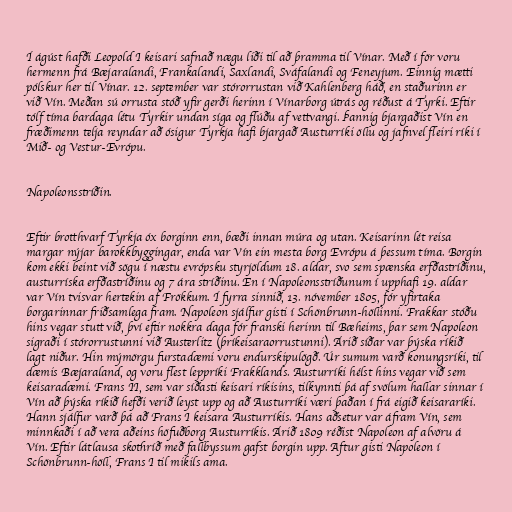
Í ágúst hafði Leopold I keisari safnað nægu liði til að þramma til Vínar. Með í för voru
hermenn frá Bæjaralandi, Frankalandi, Saxlandi, Sváfalandi og Feneyjum. Einnig mætti
pólskur her til Vínar. 12. september var stórorrustan við Kahlenberg háð, en staðurinn er
við Vín. Meðan sú orrusta stóð yfir gerði herinn í Vínarborg útrás og réðust á Tyrki. Eftir
tólf tíma bardaga létu Tyrkir undan síga og flúðu af vettvangi. Þannig bjargaðist Vín en
fræðimenn telja reyndar að ósigur Tyrkja hafi bjargað Austurríki öllu og jafnvel fleiri ríki í
Mið- og Vestur-Evrópu.

Napoleonsstríðin.

Eftir brotthvarf Tyrkja óx borginn enn, bæði innan múra og utan. Keisarinn lét reisa
margar nýjar barokkbyggingar, enda var Vín ein mesta borg Evrópu á þessum tíma. Borgin
kom ekki beint við sögu í næstu evrópsku styrjöldum 18. aldar, svo sem spænska erfðastríðinu,
austurríska erfðastríðinu og 7 ára stríðinu. En í Napoleonsstríðunum í upphafi 19. aldar
var Vín tvisvar hertekin af Frökkum. Í fyrra sinnið, 13. nóvember 1805, fór yfirtaka
borgarinnar friðsamlega fram. Napoleon sjálfur gisti í Schönbrunn-höllinni. Frakkar stóðu
hins vegar stutt við, því eftir nokkra daga fór franski herinn til Bæheims, þar sem Napoleon
sigraði í stórorrustunni við Austerlitz (þríkeisaraorrustunni). Árið síðar var þýska ríkið
lagt niður. Hin mýmörgu furstadæmi voru endurskipulögð. Úr sumum varð konungsríki, til
dæmis Bæjaraland, og voru flest leppríki Frakklands. Austurríki hélst hins vegar við sem
keisaradæmi. Frans II, sem var síðasti keisari ríkisins, tilkynnti þá af svölum hallar sinnar í
Vín að þýska ríkið hefði verið leyst upp og að Austurríki væri þaðan í frá eigið keisararíki.
Hann sjálfur varð þá að Frans I keisara Austurríkis. Hans aðsetur var áfram Vín, sem
minnkaði í að vera aðeins höfuðborg Austurríkis. Árið 1809 réðist Napoleon af alvöru á
Vín. Eftir látlausa skothríð með fallbyssum gafst borgin upp. Aftur gisti Napoleon í
Schönbrunn-höll, Frans I til mikils ama.